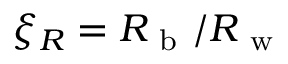
\xi _ { R } = R _ { \mathrm { ~ b ~ } } / R _ { \mathrm { ~ w ~ } }